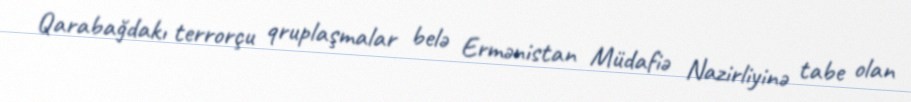
Qarabağdakı terrorçu qruplaşmalar belə Ermənistan Müdafiə Nazirliyinə tabe olan